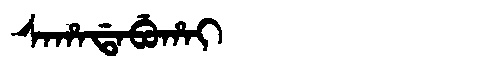
Manchu: ᠰᠠᡥᠠᡩᠠᠪᡠᡥᠠᡳ
Romanization: SAHADABUHAI